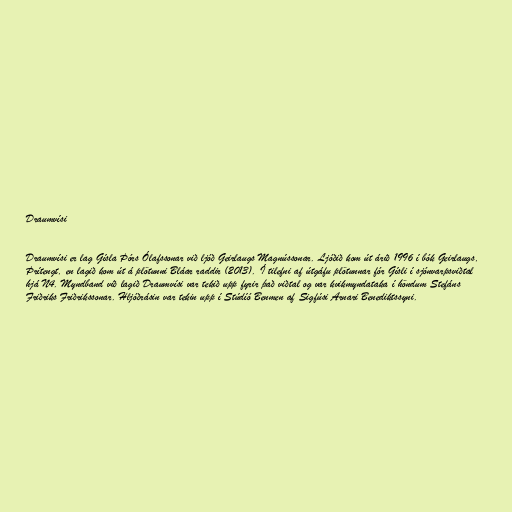
Draumvísi

Draumvísi er lag Gísla Þórs Ólafssonar við ljóð Geirlaugs Magnússonar. Ljóðið kom út árið 1996 í bók Geirlaugs,
Þrítengt, en lagið kom út á plötunni Bláar raddir (2013). Í tilefni af útgáfu plötunnar fór Gísli í sjónvarpsviðtal
hjá N4. Myndband við lagið Draumvísi var tekið upp fyrir það viðtal og var kvikmyndataka í höndum Stefáns
Friðriks Friðrikssonar. Hljóðrásin var tekin upp í Stúdíó Benmen af Sigfúsi Arnari Benediktssyni.